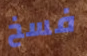
فسخ